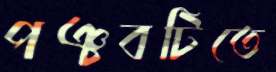
পঞ্চবটিতে